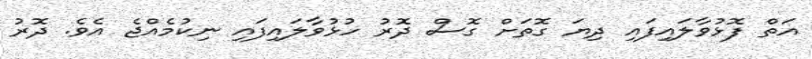
އަތް ފޮޅުވާލައިފައި ދިޔަ ގޮތަށް ގޮސް ދޮރު ހުޅުވާލައިފައި ނިކުމެއްޖެ އެވެ. ދޮރު